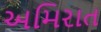
અમિરાત